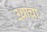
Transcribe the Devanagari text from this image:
उधाचा